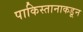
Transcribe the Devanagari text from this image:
पाकिस्तानाकडून